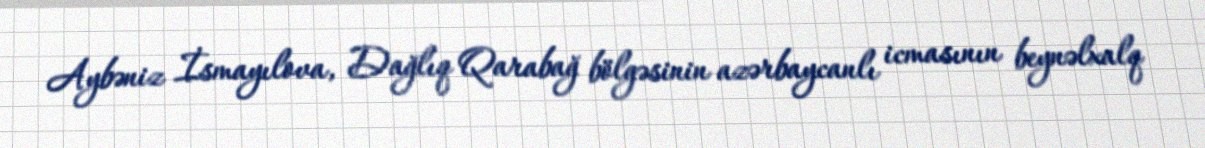
Aybəniz İsmayılova, Dağlıq Qarabağ bölgəsinin azərbaycanlı icmasının beynəlxalq